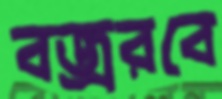
বজ্ররবে